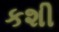
કશી